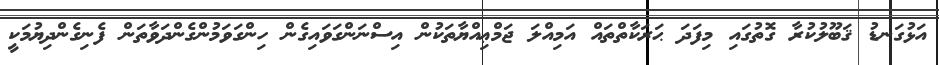
އަޅުގަނޑު ޤަބޫލުކުރާ ގޮތުގައި މިފަދަ ޙަރަކާތްތައް އަމިއްލަ ޖަމްޢިއްޔާތަކުން އިސްނަންގަވައިގެން ހިންގަވަމުންގެންދަވާތަން ފެނިގެންދިޔުމަކީ